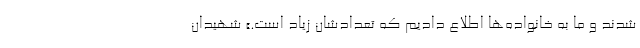
شدند و ما به خانواده‌ها اطلاع دادیم که تعدادشان زیاد است.» شهیدان